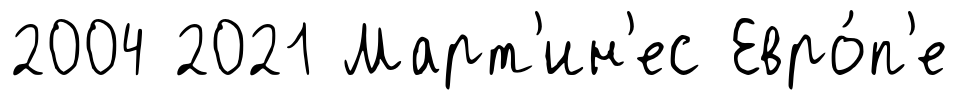
2004 2021 Март'ин'ес Евро́п'е